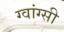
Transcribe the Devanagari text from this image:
ग्वांग्सी